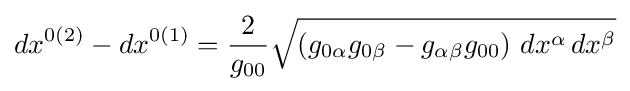
dx^{0(2)}-dx^{0(1)}={\frac {2}{g_{00}}}{\sqrt {\left(g_{0\alpha }g_{0\beta }-g_{\alpha \beta }g_{00}\right)\,dx^{\alpha }\,dx^{\beta }}}